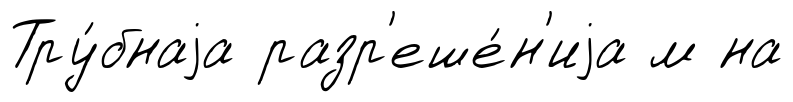
Тру́бнаjа разр'еше́н'иjа м на